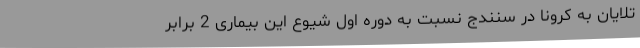
تلایان به کرونا در سنندج نسبت به دوره اول شیوع این بیماری 2 برابر